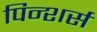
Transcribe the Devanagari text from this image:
पिन्शर्स